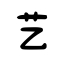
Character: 艺